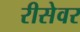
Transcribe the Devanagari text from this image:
रीसेवर